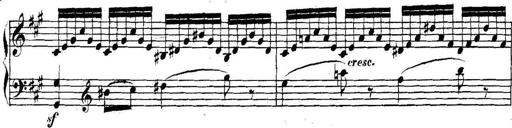
Title: Collected Piano Sonatas
Composer: Muzio Clementi